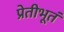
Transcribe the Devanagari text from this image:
प्रेतीभूतं